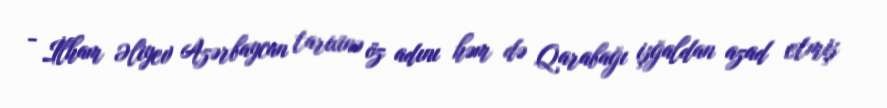
- İlham Əliyev Azərbaycan tarixinə öz adını həm də Qarabağı işğaldan azad etmiş